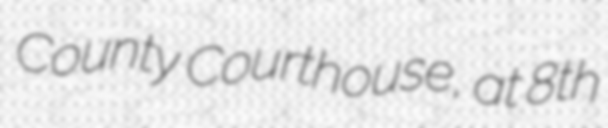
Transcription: County Courthouse, at 8th